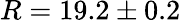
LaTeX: R=19.2\pm 0.2